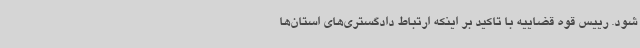
شود. رییس قوه قضاییه با تاکید بر اینکه ارتباط دادگستری‌های استان‌ها